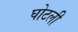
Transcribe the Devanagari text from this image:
घोटली